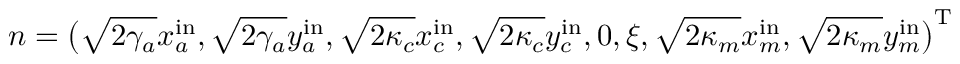
n = \big ( \sqrt { 2 \gamma _ { a } } x _ { a } ^ { \mathrm { i n } } , \sqrt { 2 \gamma _ { a } } y _ { a } ^ { \mathrm { i n } } , \sqrt { 2 \kappa _ { c } } x _ { c } ^ { \mathrm { i n } } , \sqrt { 2 \kappa _ { c } } y _ { c } ^ { \mathrm { i n } } , 0 , \xi , \sqrt { 2 \kappa _ { m } } x _ { m } ^ { \mathrm { i n } } , \sqrt { 2 \kappa _ { m } } y _ { m } ^ { \mathrm { i n } } \big ) ^ { \mathrm { T } }